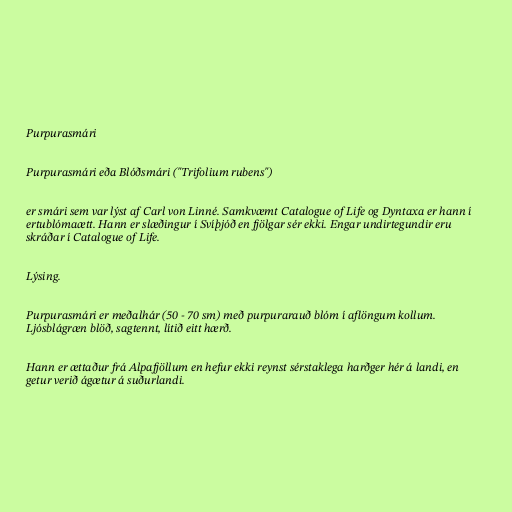
Purpurasmári

Purpurasmári eða Blóðsmári ("Trifolium rubens")

er smári sem var lýst af Carl von Linné. Samkvæmt Catalogue of Life og Dyntaxa er hann í
ertublómaætt. Hann er slæðingur í Svíþjóð en fjölgar sér ekki. Engar undirtegundir eru
skráðar í Catalogue of Life.

Lýsing.

Purpurasmári er meðalhár (50 - 70 sm) með purpurarauð blóm í aflöngum kollum.
Ljósblágræn blöð, sagtennt, lítið eitt hærð.

Hann er ættaður frá Alpafjöllum en hefur ekki reynst sérstaklega harðger hér á landi, en
getur verið ágætur á suðurlandi.